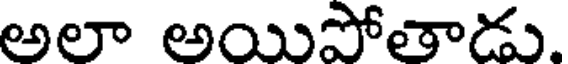
అలా అయిపోతాడు.